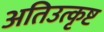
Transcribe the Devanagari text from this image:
अतिउत्कृष्ट